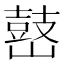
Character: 𡽌